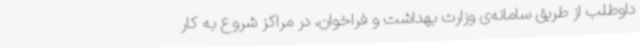
داوطلب از طریق سامانه‌ی وزارت بهداشت و فراخوان، در مراکز شروع به کار